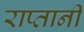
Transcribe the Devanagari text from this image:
राप्तानी